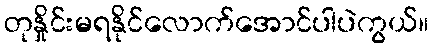
တုနှိုင်းမရနိုင်လောက်အောင်ပါပဲကွယ်။